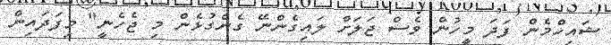
ޝައިހްމެން ފަދަ މީހުން ވެސް ޖަލަށް ލައިގެންނޭ ގެންގުޅެން މި ޖެހެނީ" މިފަދައިން